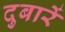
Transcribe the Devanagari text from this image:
दुबारें